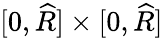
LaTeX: [0,\widehat{R}]\times[0,\widehat{R}]